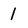
Character: 1